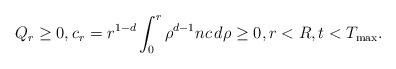
LaTeX: \begin{align*}Q_{r} \ge0, c_{r} =r^{1-d}\int_{0}^{r}\rho^{d-1}nc\,d\rho \ge0, r<R, t<T_{\rm max}.\end{align*}